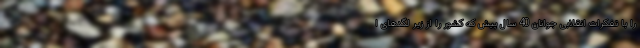
را با تفکرات انقلابی جوانان 40 سال پیش که کشور را از زیر لگدهای ا